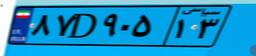
۸۷D۹۰۵۱۳